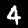
Digit: 4